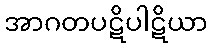
အာဂတပဋိပါဋိယာ